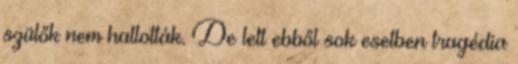
szülők nem hallották. De lett ebből sok esetben tragédia